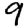
Digit: 9